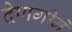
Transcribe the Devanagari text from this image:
देणगीने